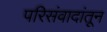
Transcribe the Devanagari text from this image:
परिसंवादांतून